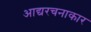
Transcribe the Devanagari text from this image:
आद्यरचनाकार